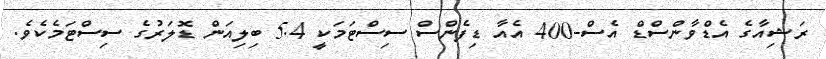
ރަޝިއާގެ އެޑްވާންސްޑް އެސް-400 އެއާ ޑިފެންސް ސިސްޓަމަކީ 5.4 ބިލިއަން ޑޮލަރުގެ ސިސްޓަމެކެވެ.